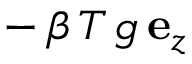
- \, \beta \, T \, g \, { \bf e } _ { z }